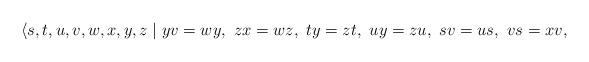
LaTeX: \begin{align*}\langle{s,t,u,v,w,x,y,z}\mid{yv=wy}, ~zx=wz,~ty=zt,~uy=zu,~sv=us,~vs=xv,\end{align*}